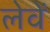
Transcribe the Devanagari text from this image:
लेवें